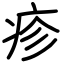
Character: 疹